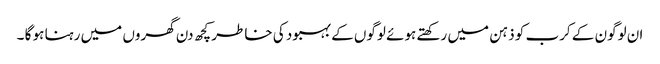
ان لوگون کے کرب کو ذہن میں رکھتے ہوئے لوگوں کے بہبود کی خاطر کچھ دن گھروں میں رہنا ہو گا ۔